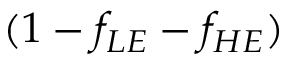
( 1 - f _ { L E } - f _ { H E } )